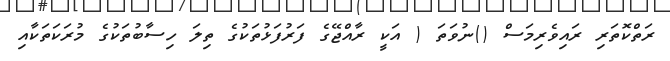
ރަތްކޮތަރި ރައިވެރިމަސް ()ނުވަތަ ( އަކީ ރާއްޖޭގެ ފަރުފަޅުތަކުގެ ތިލަ ހިސާބުތަކުގެ މުރަކަތަކާއި